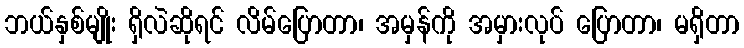
ဘယ်နှစ်မျိုး ရှိလဲဆိုရင် လိမ်ပြောတာ၊ အမှန်ကို အမှားလုပ် ပြောတာ၊ မရှိတာ